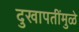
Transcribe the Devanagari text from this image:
दुखापतींमुळे